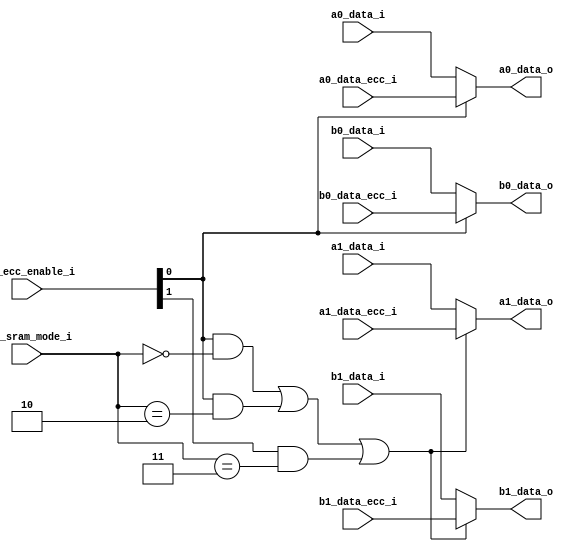
// This program was cloned from: https://github.com/colognechip/gatemate_ila
// License: GNU General Public License v3.0

// Company           :   RacyICs GmbH                      
//                          
// Project Name      :   p_cc    
// Subproject Name   :   s_fpga    
// Description       :   <short description>            
//
// Last Change       :   $Date: 2015-03-11 10:16:31 +0100 (Wed, 11 Mar 2015) $
// by                :   $Author: winter $                        
//------------------------------------------------------------

`timescale 1 ns / 1 ps

module ecc_decoding_mux
  #(parameter  CONFIG_TDP_NONSPLIT = 3'd0,
    parameter  CONFIG_TDP_SPLIT    = 3'd1,
    parameter  CONFIG_SDP_NONSPLIT = 3'd2,
    parameter  CONFIG_SDP_SPLIT    = 3'd3,
    parameter  CONFIG_FIFO_ASYNC   = 3'd7,
    parameter  CONFIG_FIFO_SYNC    = 3'd6,
    parameter  CONFIG_CASCADE_UP   = 3'd5,
    parameter  CONFIG_CASCADE_LOW  = 3'd4
    )
   (input  wire [2:0]  cfg_sram_mode_i,
    input  wire [1:0]  cfg_ecc_enable_i,
   
    input  wire [19:0] a0_data_i,
    input  wire [19:0] a1_data_i,
    input  wire [19:0] b0_data_i,
    input  wire [19:0] b1_data_i,
   
    input  wire [19:0] a0_data_ecc_i,
    input  wire [19:0] a1_data_ecc_i,
    input  wire [19:0] b0_data_ecc_i,
    input  wire [19:0] b1_data_ecc_i,
    
    output wire [19:0] a0_data_o,
    output wire [19:0] a1_data_o,
    output wire [19:0] b0_data_o,
    output wire [19:0] b1_data_o
    );

   
   assign a0_data_o    = (cfg_ecc_enable_i[0]==1'b1) ? a0_data_ecc_i : a0_data_i;
   assign a1_data_o    = ((cfg_ecc_enable_i[0]==1'b1 && cfg_sram_mode_i==CONFIG_TDP_NONSPLIT) ||
                          (cfg_ecc_enable_i[0]==1'b1 && cfg_sram_mode_i==CONFIG_SDP_NONSPLIT) ||
                          (cfg_ecc_enable_i[1]==1'b1 && cfg_sram_mode_i==CONFIG_SDP_SPLIT)) ? a1_data_ecc_i : a1_data_i;
   assign b0_data_o    = (cfg_ecc_enable_i[0]==1'b1) ? b0_data_ecc_i : b0_data_i;
   assign b1_data_o    = ((cfg_ecc_enable_i[0]==1'b1 && cfg_sram_mode_i==CONFIG_TDP_NONSPLIT) ||
                          (cfg_ecc_enable_i[0]==1'b1 && cfg_sram_mode_i==CONFIG_SDP_NONSPLIT) ||
                          (cfg_ecc_enable_i[1]==1'b1 && cfg_sram_mode_i==CONFIG_SDP_SPLIT)) ? b1_data_ecc_i : b1_data_i;

   
endmodule // ecc_decoding_mux